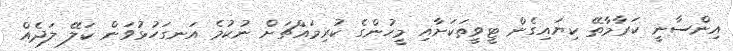
އިންސާނީ ކަރާމާތޭ ކިޔައިގެން ޓީވީތަކަށާއި މީހުންގެ ކުރިމައްޗަށް ނުކުމެ އަނގަހުޅުވަން ކަލޭ ލަދެއް